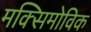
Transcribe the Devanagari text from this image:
मक्सिमोविक